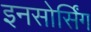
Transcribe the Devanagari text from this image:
इनसोर्सिंग